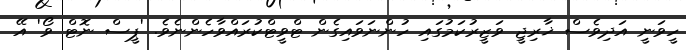
ހީވަނީ އަދިވެސް ޚާރިޖީ ވަޒީރުކަމުގައި ހުންނަވައިގެން ޓްވީޓްކުރައްވާހެންނެވެ. 'ޕީސް ނޮޓް ވޯ' އޭ